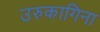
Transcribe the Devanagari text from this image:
उरुकागिना